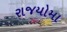
રાજયોમા